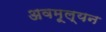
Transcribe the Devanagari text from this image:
अवमूल्‍यन